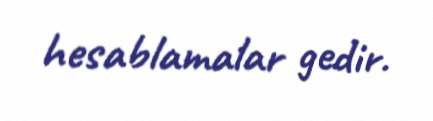
hesablamalar gedir.